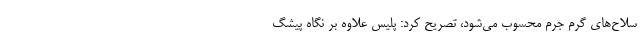
سلاح‌های گرم جرم محسوب می‌شود، تصریح کرد: پلیس علاوه بر نگاه پیشگ